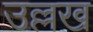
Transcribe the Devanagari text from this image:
उल्लख